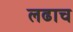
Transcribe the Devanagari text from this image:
लढाच